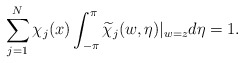
\begin{align*} \sum^N_{j=1}\chi_j(x)\int_{-\pi}^{\pi}\widetilde\chi_j(w,\eta)|_{w=z}d\eta=1.\end{align*}